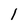
Character: 1